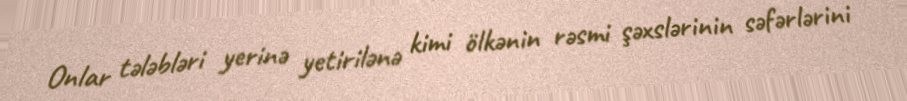
Onlar tələbləri yerinə yetirilənə kimi ölkənin rəsmi şəxslərinin səfərlərini